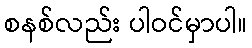
စနစ်လည်း ပါဝင်မှာပါ။